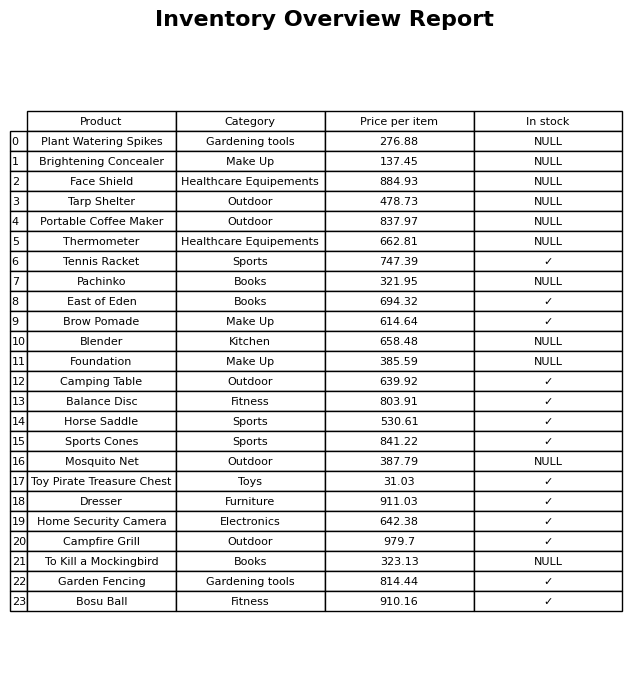
question: What is the price of the Thermometer?
answer: The price of Thermometer is 662.81.